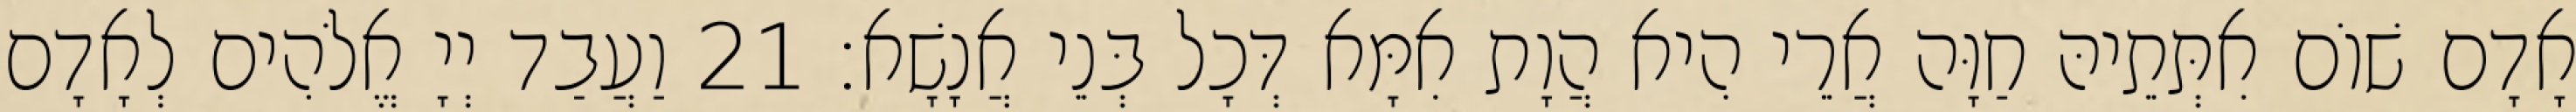
אָדָם שׁוֹם אִתְּתֵיהּ חַוָּה אֲרֵי הִיא הֲוָת אִמָּא דְּכָל בְּנֵי אֲנָשָׁא׃ 21 וַעֲבַד יְיָ אֱלֹהִים לְאָדָם